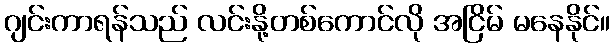
ဂျင်းကာရန်သည် လင်းနို့တစ်ကောင်လို အငြိမ် မနေနိုင်။